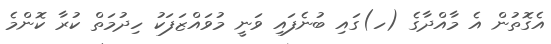
އެގޮތުން އެ މާއްދާގެ (ހ)ގައި ބުނެފައި ވަނީ މުވައްޒަފަކު ހިދުމަތް ކުރާ ކޮންމެ